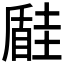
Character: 𡐠